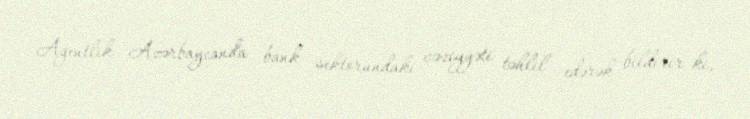
Agentlik Azərbaycanda bank sektorundakı vəziyyəti təhlil edərək bildirir ki,